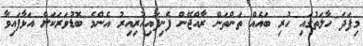
މިފަދަ ހާލަތުގައި ހުރި ބައެއް ތަންތަން ރާއްޖޭން ފެނިފައިހުރިއިރު އެންމެ ބޮޑުވަރަކަށް އަޅާފައިވާ